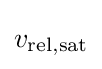
v_{\rm {rel,sat}}